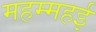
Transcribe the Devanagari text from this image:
महम्महई